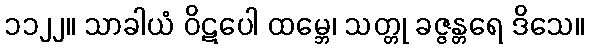
၁၁၂၂။ သာခါယံ ဝိဋပေါ ထမ္ဘေ၊ သတ္တု ခဇ္ဇန္တရေ ဒိသေ။